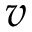
v